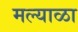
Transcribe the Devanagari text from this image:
मल्याळा